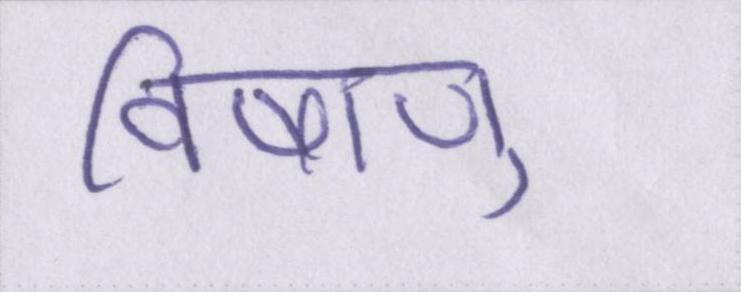
विषाणु